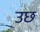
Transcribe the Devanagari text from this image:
उछ